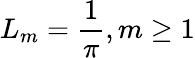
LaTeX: L_{m}=\frac{1}{\pi},m\geq 1